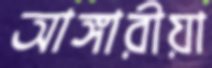
আঙ্গারীয়া